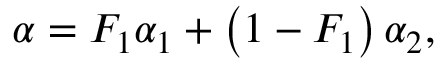
\alpha = F _ { 1 } \alpha _ { 1 } + \left( 1 - F _ { 1 } \right) \alpha _ { 2 } ,